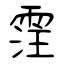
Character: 霔